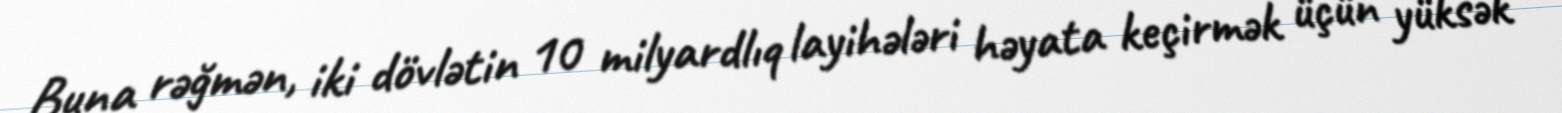
Buna rəğmən, iki dövlətin 10 milyardlıq layihələri həyata keçirmək üçün yüksək